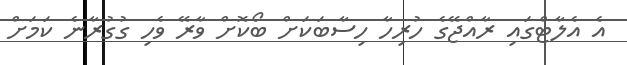
އެ އެލާޓްގައި ރާއްޖޭގެ ހުރިހާ ހިސާބަކަށް ބޯކޮށް ވާރޭ ވެހި ގުގުރާނެ ކަމަށް